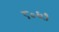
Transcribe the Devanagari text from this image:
८०६१